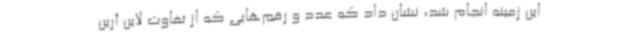
این زمینه انجام شد، نشان داد که عدد و رقم‌هایی که از تفاوت لاین آرین